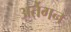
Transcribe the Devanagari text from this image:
अर्तेगन